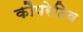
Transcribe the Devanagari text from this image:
कौपरेटिव